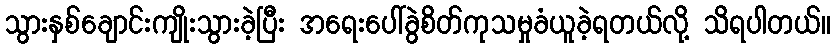
သွားနှစ်ချောင်းကျိုးသွားခဲ့ပြီး အရေးပေါ်ခွဲစိတ်ကုသမှုခံယူခဲ့ရတယ်လို့ သိရပါတယ်။